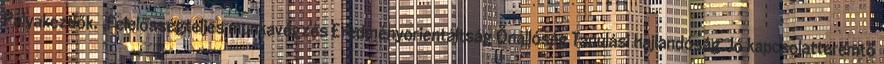
Pályakezdők. .Felelősségteljes munkavégzés Eredményorientáltság Önállóság Tanulási hajlandóság Jó kapcsolatteremtő